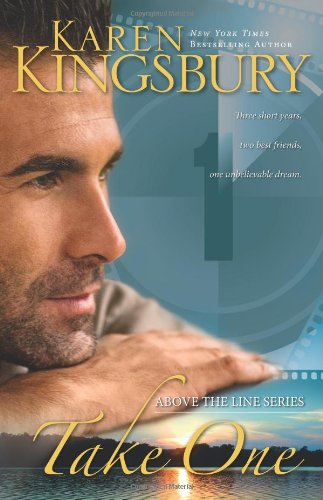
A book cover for Take One (Above the Line Series #1); Karen Kingsbury; Christian Books & Bibles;